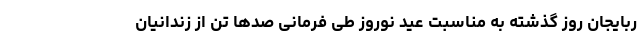
ربایجان روز گذشته به مناسبت عید نوروز طی فرمانی صدها تن از زندانیان